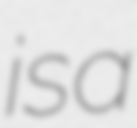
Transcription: is a